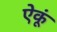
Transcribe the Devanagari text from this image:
ऐकूं